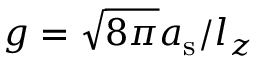
g = \sqrt { 8 \pi } a _ { \mathrm { s } } / l _ { z }